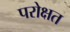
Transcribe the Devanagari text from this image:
परोक्षत